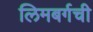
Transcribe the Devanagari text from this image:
लिमबर्गची